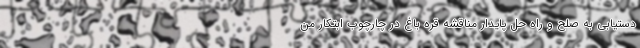
دستیابی به صلح و راه حل پایدار مناقشه قره باغ در چارچوب ابتکار من